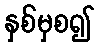
နှစ်မှစ၍